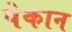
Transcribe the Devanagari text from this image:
पेकान